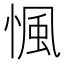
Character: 𢞁